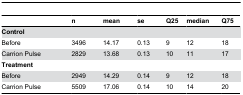
|  | n | mean | se | Q25 | median | Q75 |
 | --- | --- | --- | --- | --- | --- | --- |
 | Control |  |  |  |  |  |  |
 | Before | 3496 | 14.17 | 0.13 | 9 | 12 | 18 |
 | Carrion Pulse | 2829 | 13.68 | 0.13 | 10 | 11 | 17 |
 | Treatment |  |  |  |  |  |  |
 | Before | 2949 | 14.29 | 0.14 | 9 | 12 | 18 |
 | Carrion Pulse | 5509 | 17.06 | 0.14 | 10 | 14 | 20 |